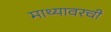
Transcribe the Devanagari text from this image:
माथ्यावरची